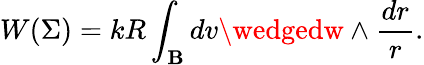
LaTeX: W(\Sigma)=kR\int_{\mathbf{B}}dv\wedgedw\wedge\frac{{dr}}{{r}}.